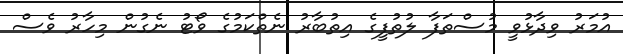
އުމަރު ވިދާޅުވީ މުސްތަފާ ލުތުފީގެ އިތުބާރު ނެތްކަމުގެ ވޯޓު ނެގުން މިހާރު ވެސް